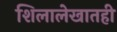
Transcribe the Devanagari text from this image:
शिलालेखातही